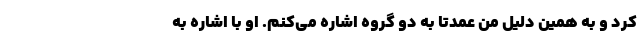
کرد و به همین دلیل من عمدتا به دو گروه اشاره می‌کنم. او با اشاره به